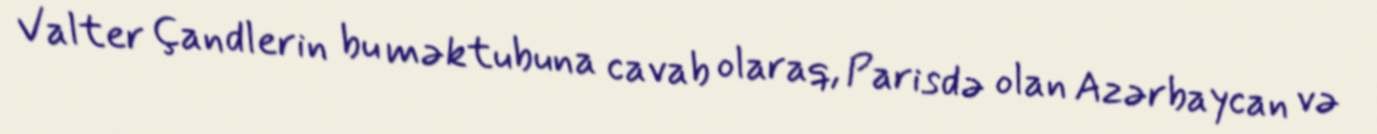
Valter Çandlerin bu məktubuna cavab olaraq, Parisdə olan Azərbaycan və